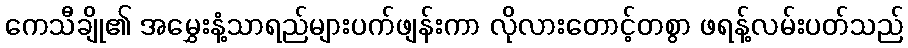
ကေသီချို၏ အမွှေးနံ့သာရည်များပက်ဖျန်းကာ လိုလားတောင့်တစွာ ဖရန့်လမ်းပတ်သည်